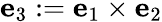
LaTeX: \mathbf{e}_{3}:=\mathbf{e}_{1}\times\mathbf{e}_{2}